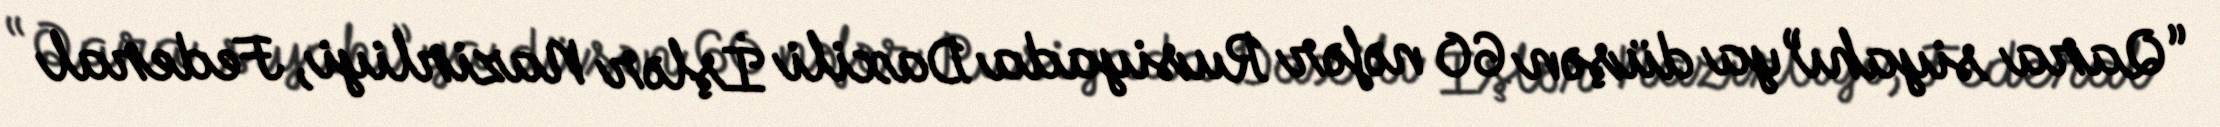
“Qara siyahı”ya düşən 60 nəfər Rusiyada Daxili İşlər Nazirliyi, Federal